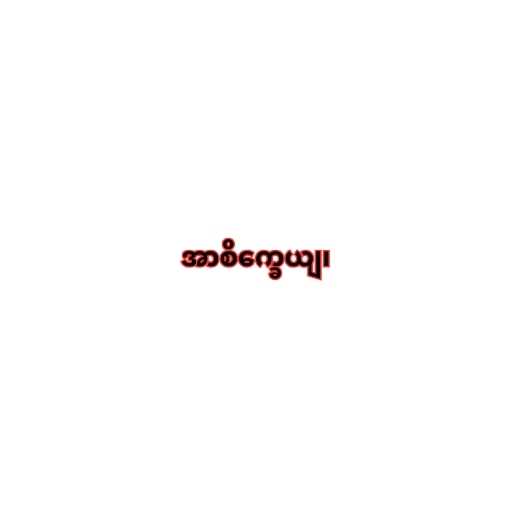
အာစိက္ခေယျ၊